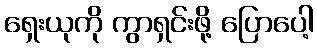
ရှေးယုကို ကွာရှင်းဖို့ ပြောပေါ့